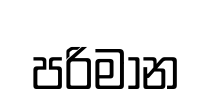
පරිමාන